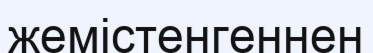
жемістенгеннен